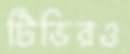
টিভিরও